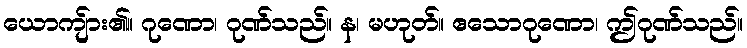
ယောကျ်ား၏။ ဂုဏော၊ ဂုဏ်သည်။ န၊ မဟုတ်။ ဧသောဂုဏော၊ ဤဂုဏ်သည်။